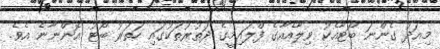
މިއަދު ގެންނަ ބޯޓާއެކު ވިލާއެއާގެ ފްލައިމީގެ ދަތުރުތަކުގައި ހަތަރު ބޯޓު އޮންނާނެ އެވެ.